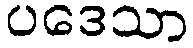
ပဒေသာ